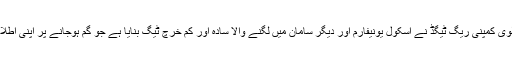
ایک آسٹریلوی کمپنی ریگ ٹیگڈ نے اسکول یونیفارم اور دیگر سامان میں لگنے والا سادہ اور کم خرچ ٹیگ بنایا ہے جو گم ہوجانے پر اپنی اطلاع دیتا ہے۔